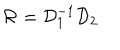
{ \cal R } = { \cal D } _ { 1 } ^ { - 1 } { \cal D } _ { 2 }